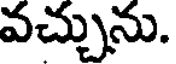
వచ్చును.